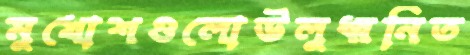
মুখোশগুলোউলুধ্বনিত